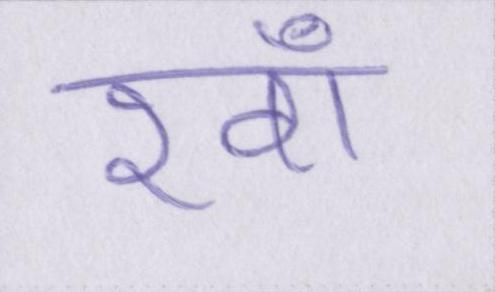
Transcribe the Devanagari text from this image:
रवाँ